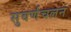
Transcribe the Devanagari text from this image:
सुवर्णचलन